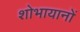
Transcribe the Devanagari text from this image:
शोभायानों